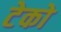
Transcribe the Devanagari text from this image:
टेको